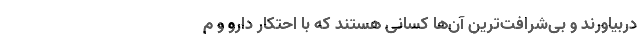
دربیاورند و بی‌شرافت‌ترین آن‌ها کسانی هستند که با احتکار دارو و م